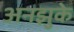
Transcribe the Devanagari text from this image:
अनझुके